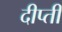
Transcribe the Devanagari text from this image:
दीप्‍ती